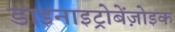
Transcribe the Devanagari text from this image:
डाइनाइट्रोबेंज़ोइक